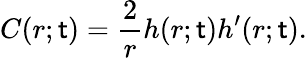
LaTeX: C(r;\mathsf{t})=\frac{{2}}{{r}}h(r;\mathsf{t})h^{\prime}(r;\mathsf{t}).